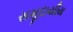
સમૂદાયીય